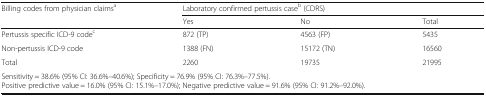
<table><thead><tr><td rowspan="2"><b>Billing codes from physician claims<sup>a</sup></b></td><td colspan="3"><b>Laboratory confirmed pertussis case<sup>b</sup> (CDRS)</b></td></tr><tr><td><b>Yes</b></td><td><b>No</b></td><td><b>Total</b></td></tr></thead><tbody><tr><td>Pertussis specific ICD-9 code<sup>c</sup></td><td>872 (TP)</td><td>4563 (FP)</td><td>5435</td></tr><tr><td>Non-pertussis ICD-9 code</td><td>1388 (FN)</td><td>15172 (TN)</td><td>16560</td></tr><tr><td>Total</td><td>2260</td><td>19735</td><td>21995</td></tr><tr><td colspan="4">Sensitivity = 38.6% (95% CI: 36.6%–40.6%); Specificity = 76.9% (95% CI: 76.3%–77.5%).Positive predictive value = 16.0% (95% CI: 15.1%–17.0%); Negative predictive value = 91.6% (95% CI: 91.2%–92.0%).</td></tr></tbody></table>